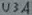
Text: U3A